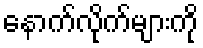
နောက်လိုက်များကို